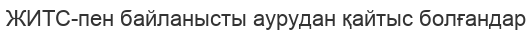
ЖИТС-пен байланысты аурудан қайтыс болғандар